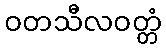
ဝတသီလဝတ္တံ